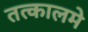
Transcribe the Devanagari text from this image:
तत्कालमे